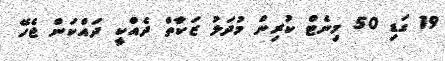
19 ގަޑި 50 މިނެޓް ކުރިން މުދަލު ޒަކާތް ދެއްކީ ދައްކަން ޖެހޭ